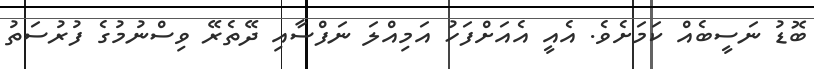
ބޮޑު ނަސީބެއް ކަމަށެވެ. އެއީ އެއަށްފަހު އަމިއްލަ ނަފްސާއި ދޭތެރޭ ވިސްނުމުގެ ފުރުސަތު